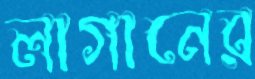
লাগানের